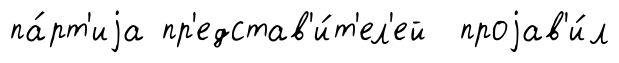
па́рт'иjа пр'едстав'и́т'ел'ей проjав'и́л